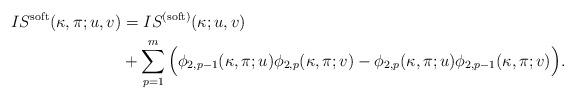
LaTeX: \begin{align*} IS^{\mathrm{soft}} (\kappa, \pi;u,v)&=IS^{(\mathrm{soft})}(\kappa;u,v) \\ &+\sum_{p=1}^{m}\Big( \phi_{2,p-1}(\kappa, \pi;u) \phi_{2,p}(\kappa, \pi;v)-\phi_{2,p}(\kappa, \pi;u) \phi_{2,p-1}(\kappa, \pi;v)\Big). \end{align*}